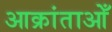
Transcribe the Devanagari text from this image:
आक्रांताओँ